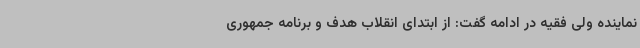
نماینده ولی فقیه در ادامه گفت: از ابتدای انقلاب هدف و برنامه جمهوری